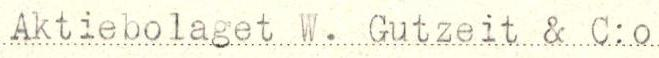
Aktiebolaget W. Gutzeit & C:o